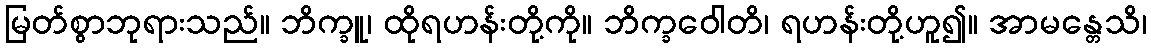
မြတ်စွာဘုရားသည်။ ဘိက္ခူ၊ ထိုရဟန်းတို့ကို။ ဘိက္ခဝေါတိ၊ ရဟန်းတို့ဟူ၍။ အာမန္တေသိ၊